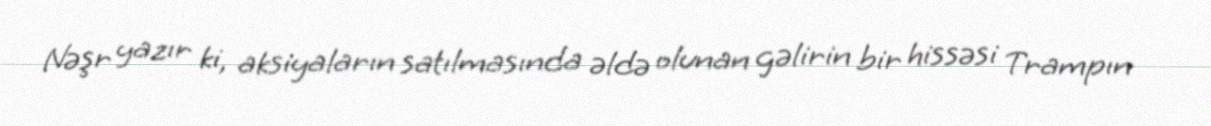
Nəşr yazır ki, aksiyaların satılmasında əldə olunan gəlirin bir hissəsi Trampın